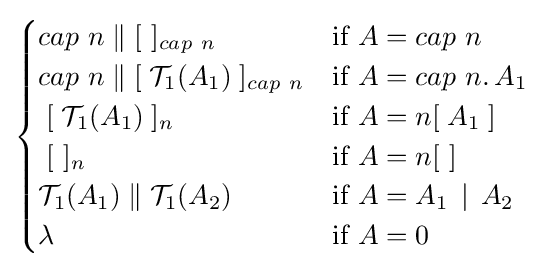
{\begin{cases}cap~n\;\|\;[~]_{cap~n}&{\mbox{if }}A=cap~n\\cap~n\;\|\;[\;{\mathcal {T}}_{1}(A_{1})\;]_{cap~n}&{\mbox{if }}A=cap~n.\,A_{1}\\\;[\;{\mathcal {T}}_{1}(A_{1})\;]_{n}&{\mbox{if }}A=n[\;A_{1}\;]\\\;[~]_{n}&{\mbox{if }}A=n[~]\\{\mathcal {T}}_{1}(A_{1})\;\|\;{\mathcal {T}}_{1}(A_{2})&{\mbox{if }}A=A_{1}\,\mid \,A_{2}\\\lambda &{\mbox{if }}A=0\end{cases}}